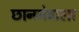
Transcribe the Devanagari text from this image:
छाननेवाला